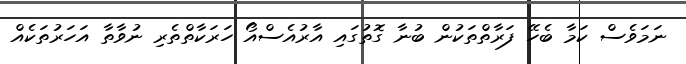
ނަމަވެސް ކަމާ ބެހޭ ފަރާތްތަކުން ބުނާ ގޮތުގައި އާރުއެސްއޯ ހަރަކާތްތެރި ނުވާތާ އަހަރުތަކެއް